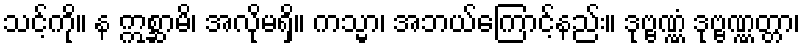
သင့်ကို။ န ဣစ္ဆာမိ၊ အလိုမရှိ။ ကသ္မာ၊ အဘယ်ကြောင့်နည်း။ ဒုဗ္ဗဏ္ဏံ ဒုဗ္ဗဏ္ဏတ္တာ၊